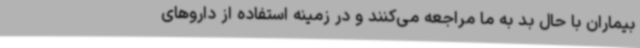
بیماران با حال بد به ما مراجعه می‌کنند و در زمینه استفاده از داروهای